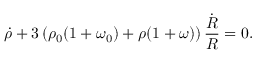
\dot { \rho } + 3 \left( \rho _ { 0 } ( 1 + \omega _ { 0 } ) + \rho ( 1 + \omega ) \right) \frac { \dot { R } } { R } = 0 .